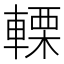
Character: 𨍫